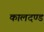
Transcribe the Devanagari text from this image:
कालदण्ड